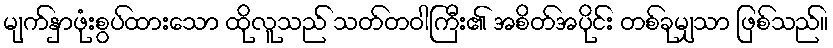
မျက်နှာဖုံးစွပ်ထားသော ထိုလူသည် သတ်တဝါကြီး၏ အစိတ်အပိုင်း တစ်ခုမျှသာ ဖြစ်သည်။